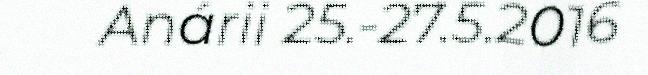
Anárii 25.-27.5.2016